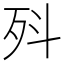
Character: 𭮃